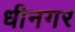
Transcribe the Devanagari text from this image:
धीनगर